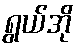
ရွယ်အို